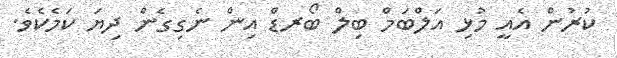
ކުރުން އެއީ މުޅި އަލްބަމް ބިލް ބޯރޑް އިން ނެގިގެން ދިޔަ ކަމެކެވެ.